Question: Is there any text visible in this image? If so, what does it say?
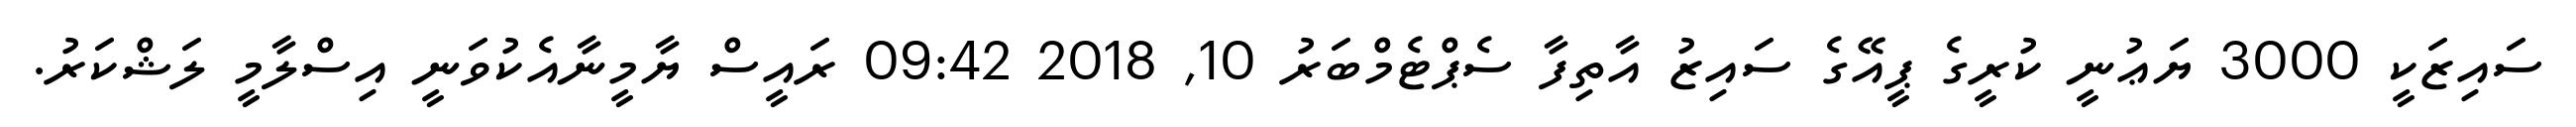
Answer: ސައިޒަކީ 3000 ޔަޢުނީ ކުރީގެ ޕީއޭގެ ސައިޒު އާތިފާ ސެޕްޓެމްބަރު 10, 2018 09:42 ރައީސް ޔާމީނާއެކުވަނީ އިސްލާމީ ލަޝްކަރު.